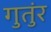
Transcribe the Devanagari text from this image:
गुतुंर